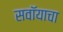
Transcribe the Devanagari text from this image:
सवॉयाचा